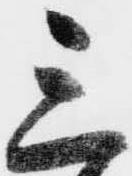
三